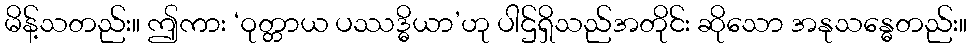
မိန့်သတည်း။ ဤကား ‘ဝုတ္တာယ ပဿဒ္ဓိယာ’ဟု ပါဌ်ရှိသည်အတိုင်း ဆိုသော အနုသန္ဓေတည်း။